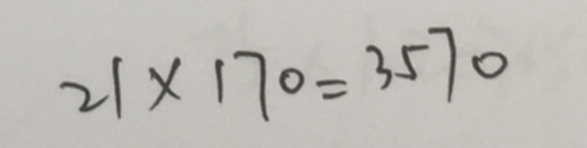
2 1 \times 1 7 0 = 3 5 7 0